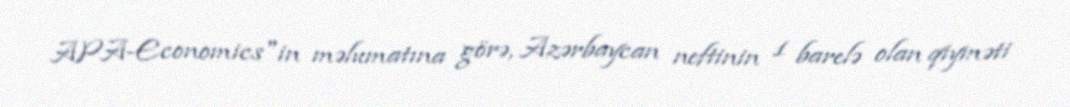
APA-Economics"in məlumatına görə, Azərbaycan neftinin 1 barelə olan qiyməti